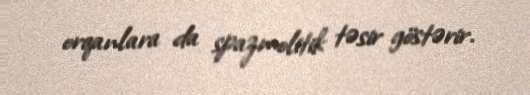
orqanlara da spazmolitik təsir göstərir.